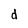
Character: d